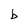
Character: b